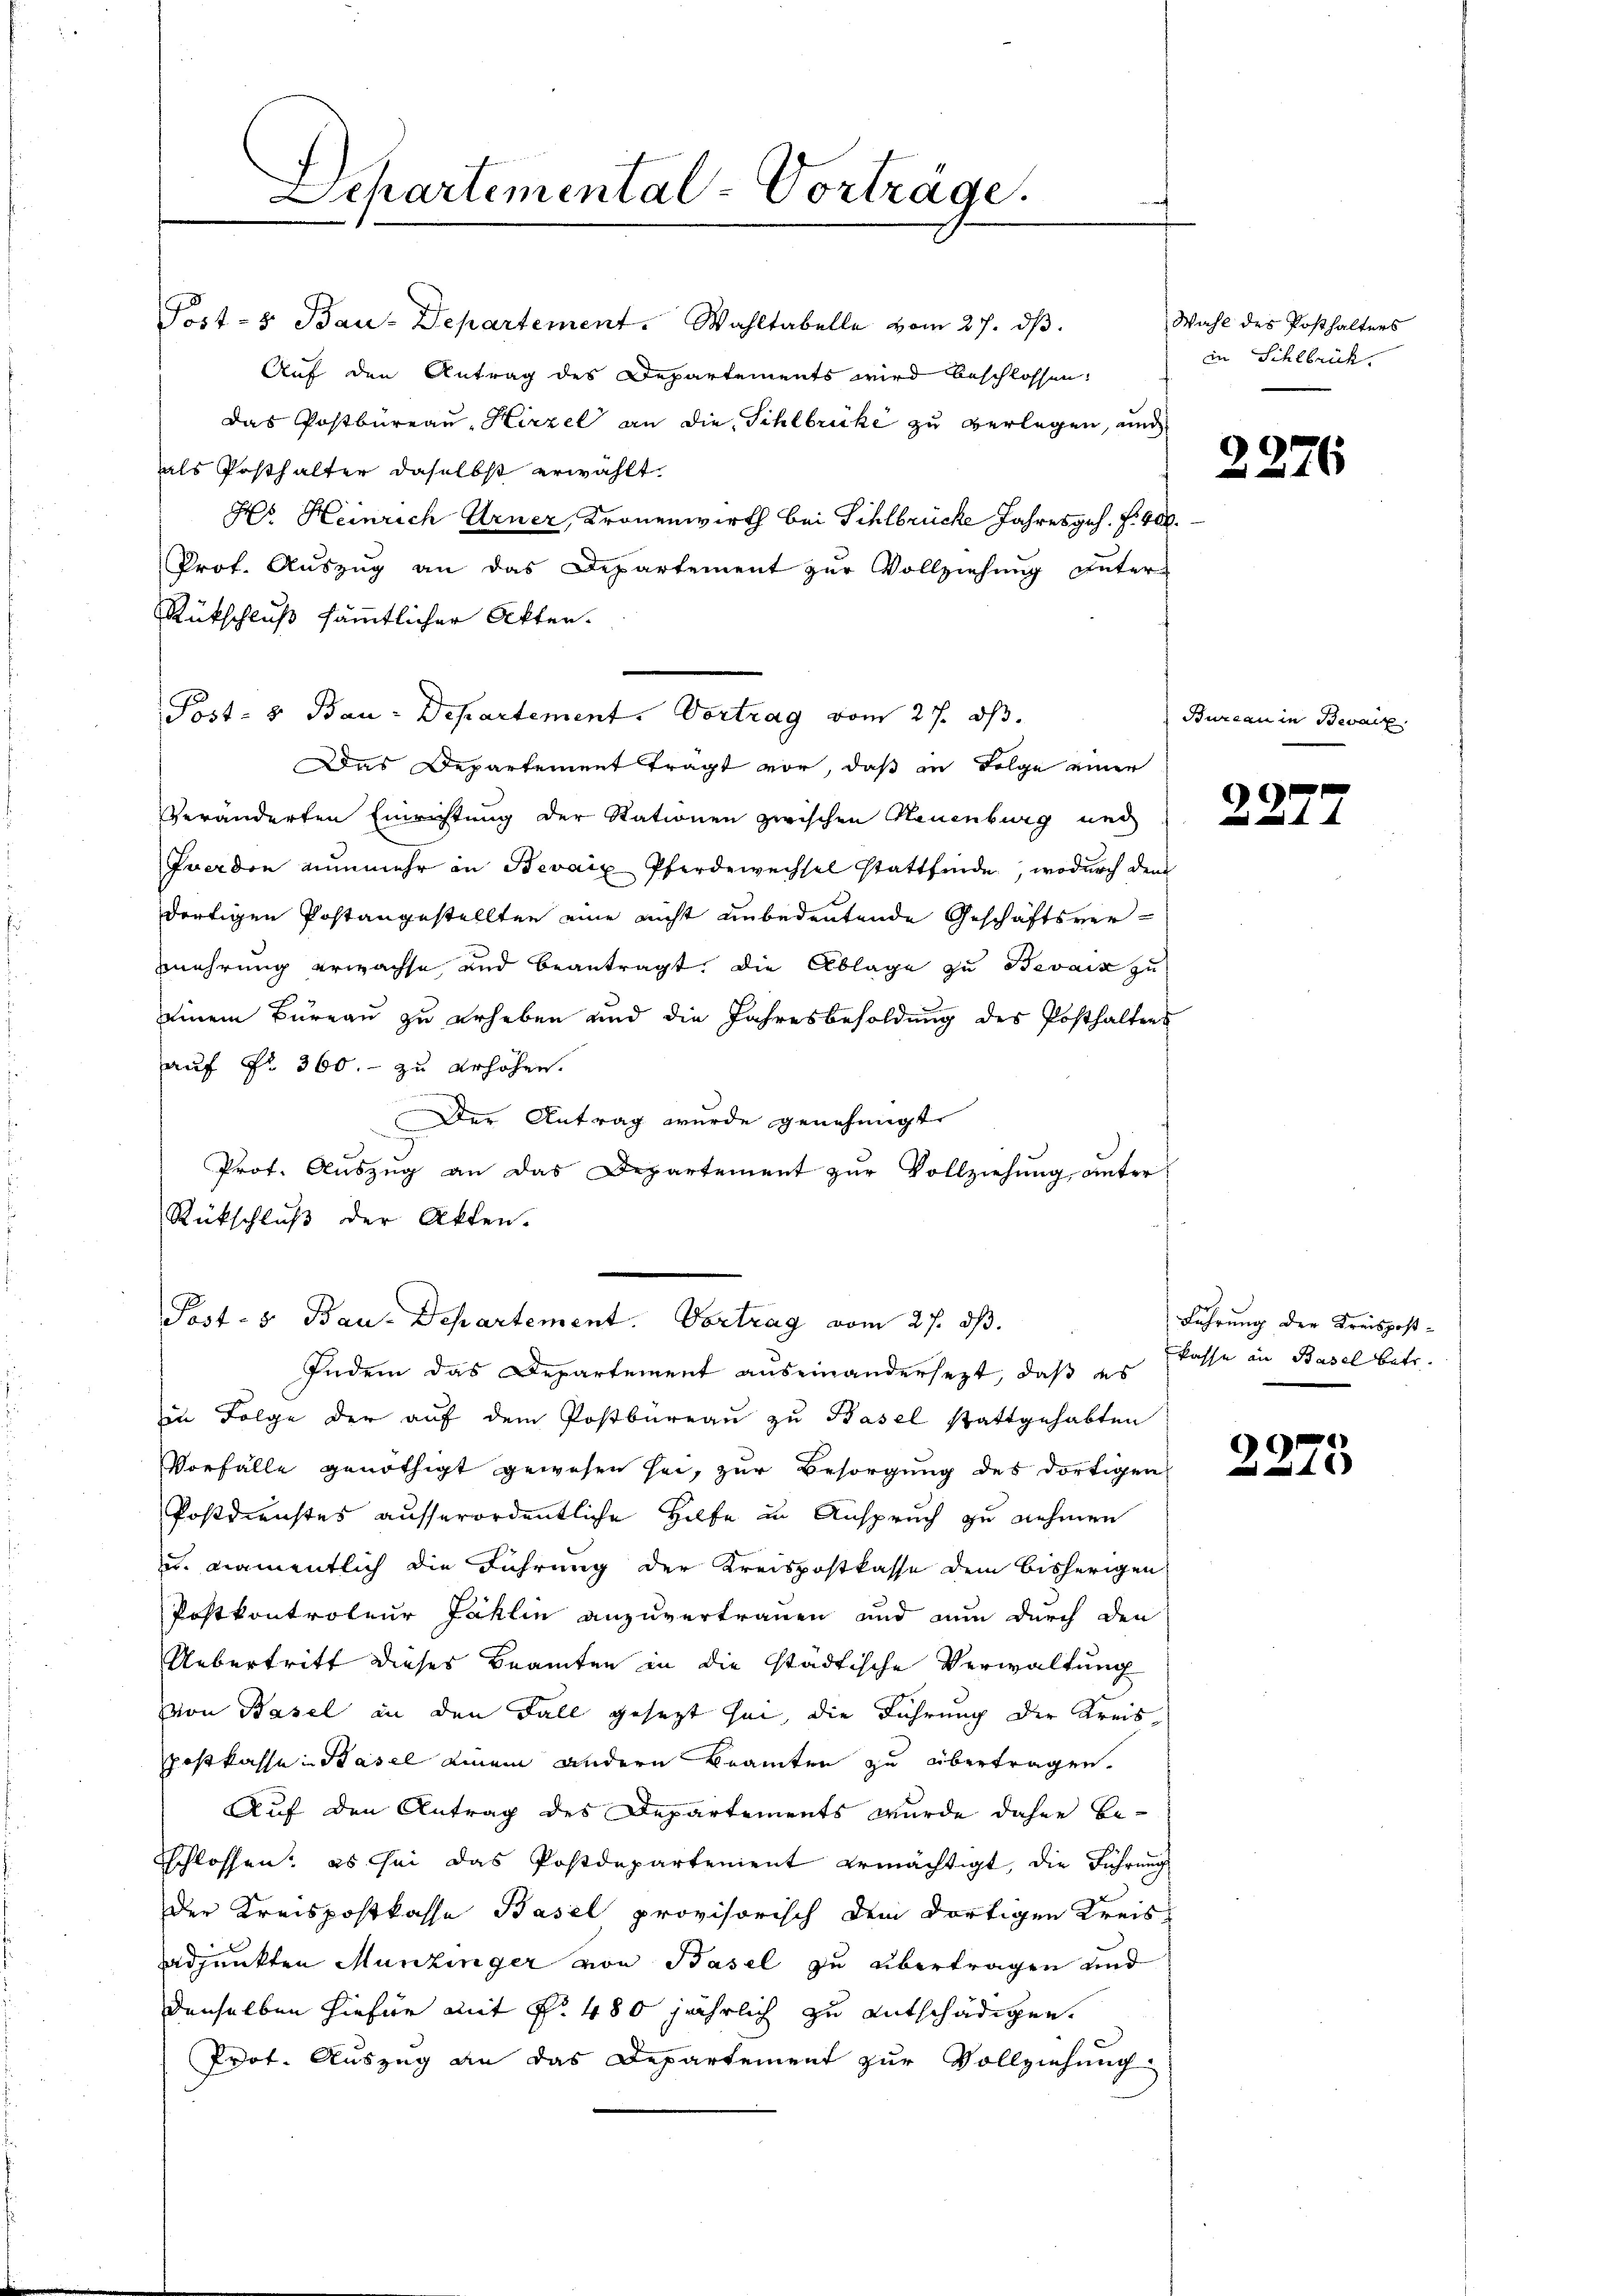
Departemental-Vorträge.

Post- & Bau-Departement. Wahltabelle vom 27. dβ.
Auf den Antrag des Departements wird beschlossen:
das Postbureau, Hirzel an die Sihlbrücke zu verlegen, und
als Posthalter daselbst erwählt.
Hr. Heinrich Urner, Kronenwirth bei Sihlbrücke Jahresges. f. 400.
Prof. Auszug an das Departement zur Vollziehung unter-
Rütschluß sämmtlicher Akten.
Post- & Bau-Departement. Vortrag vom 27. ds.
Das Departement trägt vor, daß in Folge einer
Veränderten Einrichtung der Stationen zwischen Neuenburg und
Fuerden nunmehr in Bevaix Pferdewechsel stattfinde, wodurch dem
dortigen Postangestellten eine nicht unbedeutende Geschäftsver-
nehrung erwachse, und beantragt, die Ablage zu Bevaiz zu
einem Bureau zu erheben und die Jahresbesoldung des Posthaltens
auf Fr. 360. - zu erhöhen.
Der Antrag wurde genehmigt.
Prof. Auszug an das Departement zur Vollziehung, unter
Rückschluß der Akten.
.
Post- & Bau-Departement. Vortrag vom 27. ds.
Indem das Departement auseinandersezt, daß es
in Folge der auf dem Postbureau zu Basel stattgehabten
Vorfälle genöthigt gewesen sei, zur Besorgung des dortigen
Postdienstes ausserordentliche Hilfe in Anspruch zu nehmen
u. namentlich die Führung der Kreispostkasse dem bisherigen
Postkontroleur Jaklin anzuvertrauen und nun durch den
Uebertritt dieses Beamten in die städtische Verwaltung
von Basel an den Fall gesezt sei, die Führung der Kreis
postkasse in Basel einem andere Beamten zu übertragen.
Auf den Antrag des Departements wurde dahin besschlossen: es sei das Postdepartement ermächtigt, die Führŭng
der Kreispostkasse Basel provisorisch dem dortigen Kreisadjunkten Munzinger von Basel zu übertragen und
denselben hiefür mit §. 480 jährlich zu entschädigen.
Prot. Auszug an das Departement zur Vollziehung

Wahl des Posthalters
in Sihlbrück.

Bureau

2276

2277

Führung der Kreispost-
kasse an Basel betr.

99
x

Bevaiz.